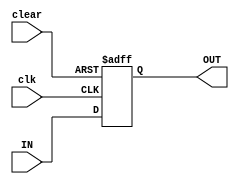
`timescale 1ns / 1ps

module eightbitreg_resetreg(
                                input [7:0] IN,
                                input clk,
                                input clear,
                                output reg [7:0] OUT

    );
    
always @(posedge clk or posedge clear)
begin
if(clear)
OUT <= 0;
else
OUT <= IN;
end
endmodule